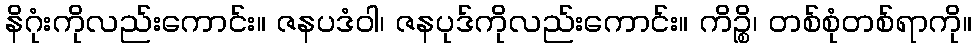
နိဂုံးကိုလည်းကောင်း။ ဇနပဒံဝါ၊ ဇနပုဒ်ကိုလည်းကောင်း။ ကိဉ္စိ၊ တစ်စုံတစ်ရာကို။